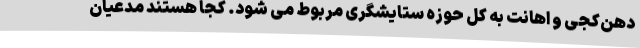
دهن‌کجی و اهانت به کل حوزه ستایشگری مربوط می شود. کجا هستند مدعیان